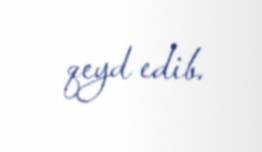
qeyd edib.